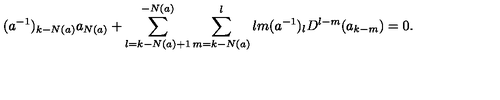
( a ^ { - 1 } ) _ { k - N ( a ) } a _ { N ( a ) } + \sum _ { l = k - N ( a ) + 1 } ^ { - N ( a ) } \sum _ { m = k - N ( a ) } ^ { l } { \binom { l } { m } } ( a ^ { - 1 } ) _ { l } D ^ { l - m } ( a _ { k - m } ) = 0 .